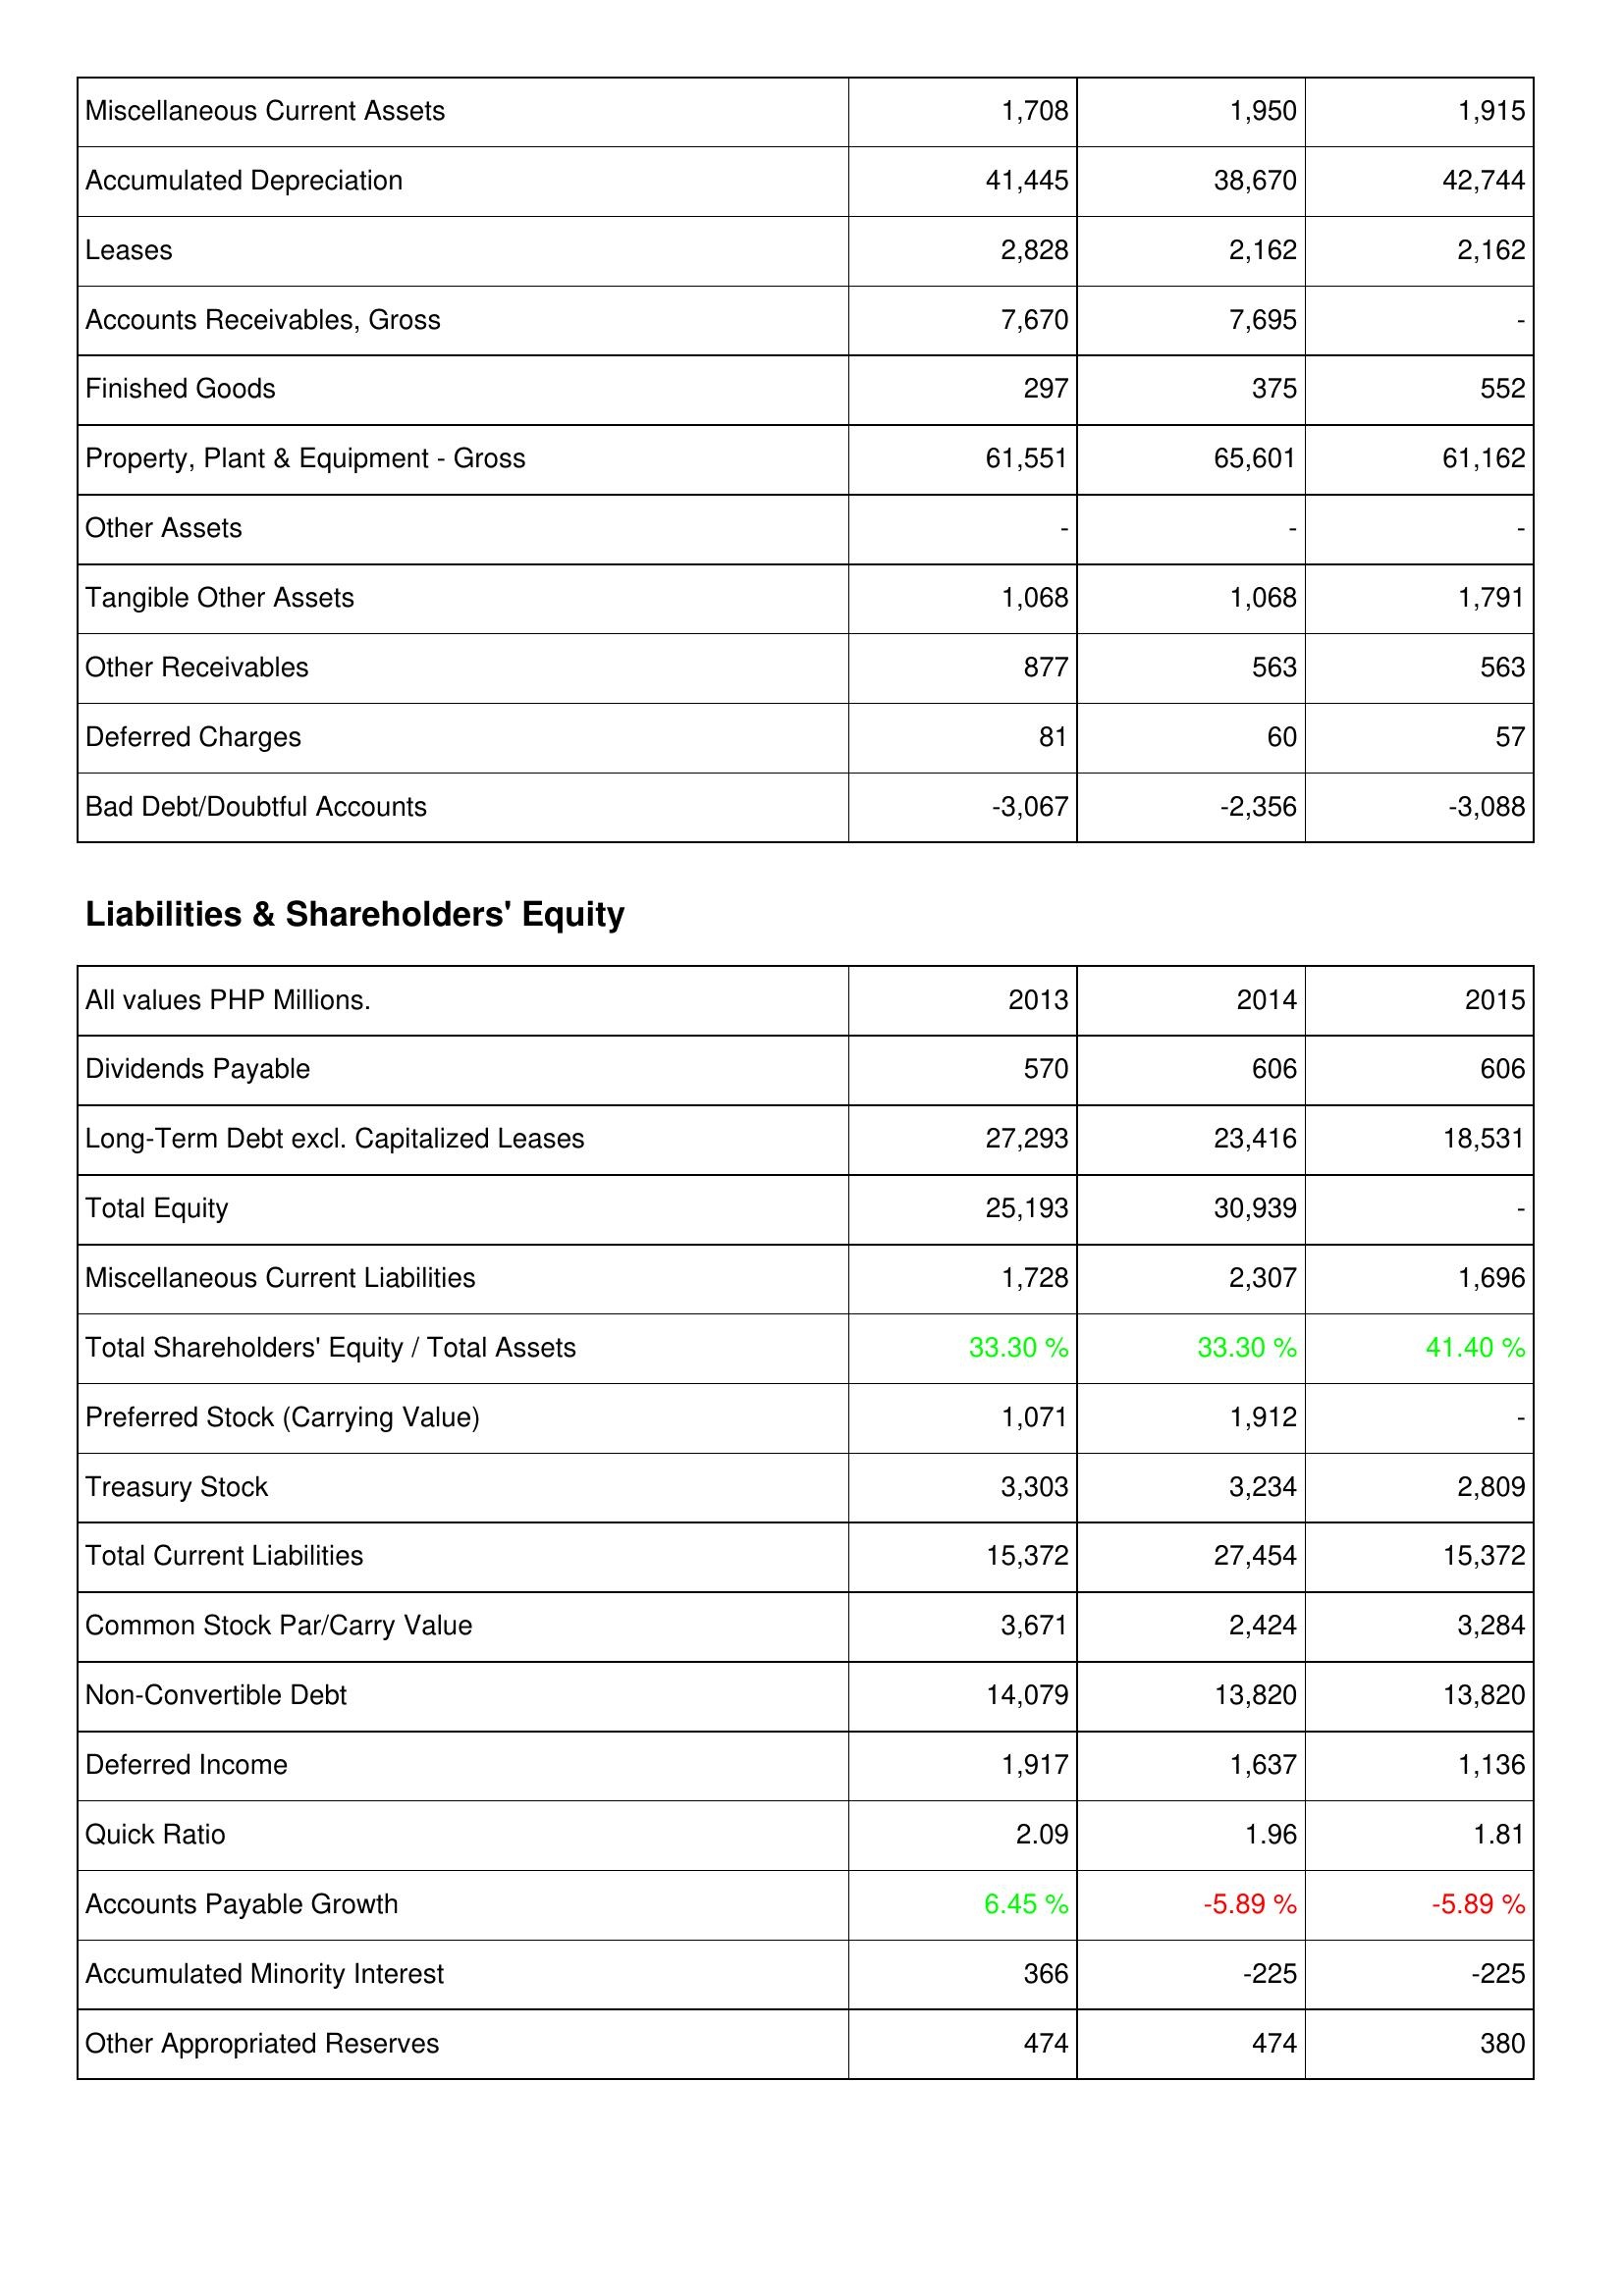
2013: Assets: Miscellaneous Current Assets: 1,708
Accumulated Depreciation: 41,445
Leases: 2,828
Accounts Receivables, Gross: 7,670
Finished Goods: 297
Property, Plant & Equipment - Gross: 61,551
Other Assets: -
Tangible Other Assets: 1,068
Other Receivables: 877
Deferred Charges: 81
Bad Debt/Doubtful Accounts: -3,067
Liabilities & Shareholders' Equity: Dividends Payable: 570
Long-Term Debt excl. Capitalized Leases: 27,293
Total Equity: 25,193
Miscellaneous Current Liabilities: 1,728
Total Shareholders' Equity / Total Assets: 33.30 %
Preferred Stock (Carrying Value): 1,071
Treasury Stock: 3,303
Total Current Liabilities: 15,372
Common Stock Par/Carry Value: 3,671
Non-Convertible Debt: 14,079
Deferred Income: 1,917
Quick Ratio: 2.09
Accounts Payable Growth: 6.45 %
Accumulated Minority Interest: 366
Other Appropriated Reserves: 474
2014: Assets: Miscellaneous Current Assets: 1,950
Accumulated Depreciation: 38,670
Leases: 2,162
Accounts Receivables, Gross: 7,695
Finished Goods: 375
Property, Plant & Equipment - Gross: 65,601
Other Assets: -
Tangible Other Assets: 1,068
Other Receivables: 563
Deferred Charges: 60
Bad Debt/Doubtful Accounts: -2,356
Liabilities & Shareholders' Equity: Dividends Payable: 606
Long-Term Debt excl. Capitalized Leases: 23,416
Total Equity: 30,939
Miscellaneous Current Liabilities: 2,307
Total Shareholders' Equity / Total Assets: 33.30 %
Preferred Stock (Carrying Value): 1,912
Treasury Stock: 3,234
Total Current Liabilities: 27,454
Common Stock Par/Carry Value: 2,424
Non-Convertible Debt: 13,820
Deferred Income: 1,637
Quick Ratio: 1.96
Accounts Payable Growth: -5.89 %
Accumulated Minority Interest: -225
Other Appropriated Reserves: 474
2015: Assets: Miscellaneous Current Assets: 1,915
Accumulated Depreciation: 42,744
Leases: 2,162
Accounts Receivables, Gross: -
Finished Goods: 552
Property, Plant & Equipment - Gross: 61,162
Other Assets: -
Tangible Other Assets: 1,791
Other Receivables: 563
Deferred Charges: 57
Bad Debt/Doubtful Accounts: -3,088
Liabilities & Shareholders' Equity: Dividends Payable: 606
Long-Term Debt excl. Capitalized Leases: 18,531
Total Equity: -
Miscellaneous Current Liabilities: 1,696
Total Shareholders' Equity / Total Assets: 41.40 %
Preferred Stock (Carrying Value): -
Treasury Stock: 2,809
Total Current Liabilities: 15,372
Common Stock Par/Carry Value: 3,284
Non-Convertible Debt: 13,820
Deferred Income: 1,136
Quick Ratio: 1.81
Accounts Payable Growth: -5.89 %
Accumulated Minority Interest: -225
Other Appropriated Reserves: 380